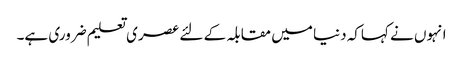
انہوں نے کہاکہ دنیا میں مقابلہ کے لئے عصری تعلیم ضروری ہے۔